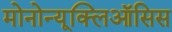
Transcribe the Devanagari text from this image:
मोनोन्यूक्लिऑसिस